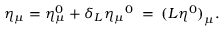
\eta _ { \mu } = \eta _ { \mu } ^ { 0 } + \delta _ { L } { \eta _ { \mu } } ^ { 0 } \; = \; { ( L \eta ^ { 0 } ) } _ { \mu } .